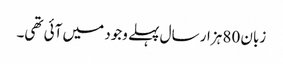
زبان 80 ہزار سال پہلے وجود میں آئی تھی۔